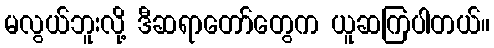
မလွယ်ဘူးလို့ ဒီဆရာတော်တွေက ယူဆကြပါတယ်။